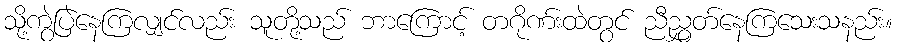
သို့ကွဲပြဲနေကြလျှင်လည်း သူတို့သည် ဘာကြောင့် တဂိုဏ်းထဲတွင် ညီညွှတ်နေကြသေးသနည်း။